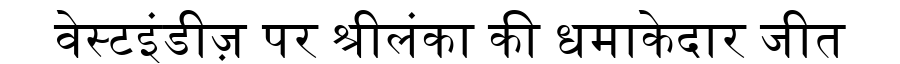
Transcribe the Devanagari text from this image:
वेस्टइंडीज़ पर श्रीलंका की धमाकेदार जीत